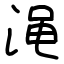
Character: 渑